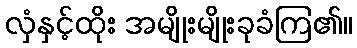
လှံနှင့်ထိုး အမျိုးမျိုးခုခံကြ၏။